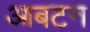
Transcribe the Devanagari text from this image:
आबटन